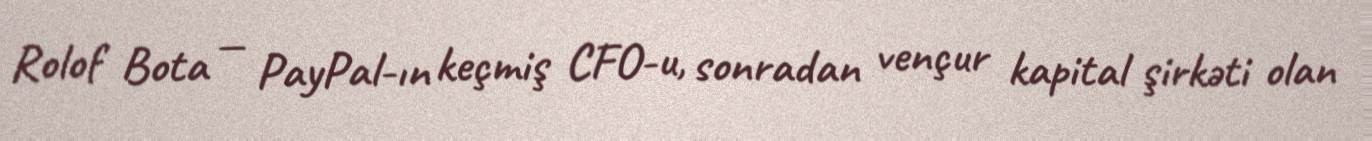
Rolof Bota — PayPal-ın keçmiş CFO-u, sonradan vençur kapital şirkəti olan